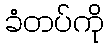
ခံတပ်ကို